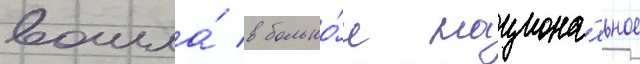
вошла́ в большо́е национа́льное